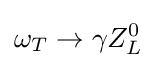
\omega _{T}\rightarrow \gamma Z_{L}^{0}